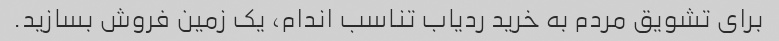
برای تشویق مردم به خرید ردیاب تناسب اندام، یک زمین فروش بسازید.